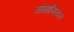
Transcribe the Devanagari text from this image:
योमासियस